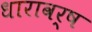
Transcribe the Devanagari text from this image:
धारावर्ष